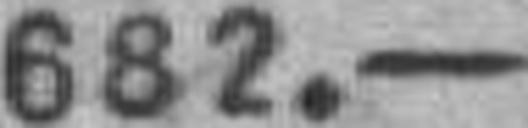
682.—